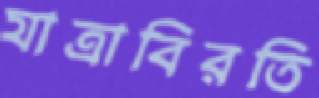
যাত্রাবিরতি